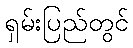
ရှမ်းပြည်တွင်